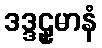
ဒဒ္ဒဠှမာနံ